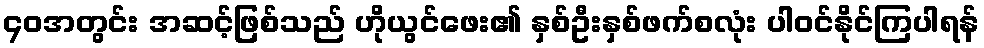
၄၀အတွင်း အဆင့်ဖြစ်သည် ဟိုယွင်ဖေး၏ နှစ်ဦးနှစ်ဖက်စလုံး ပါဝင်နိုင်ကြပါရန်